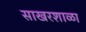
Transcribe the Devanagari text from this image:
साखरशाळा